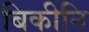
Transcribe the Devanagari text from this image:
बिकीनि